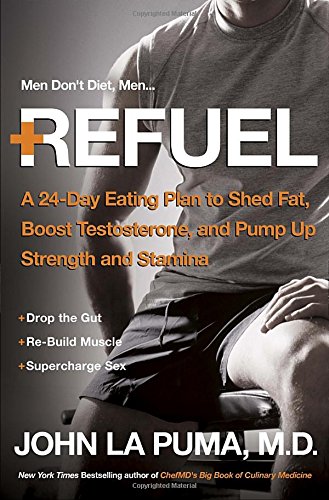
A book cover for Refuel: A 24-Day Eating Plan to Shed Fat, Boost Testosterone, and Pump Up Strength and Stamina; John La Puma; Health, Fitness & Dieting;